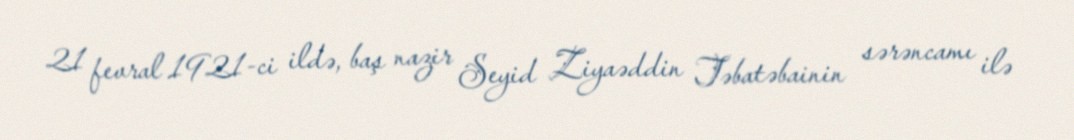
21 fevral 1921-ci ildə, baş nazir Seyid Ziyaəddin Təbatəbainin sərəncamı ilə